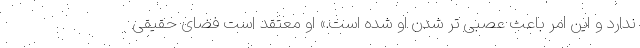
ندارد و این امر باعث عصبی تر شدن او شده است.» او معتقد است فضای حقیقی